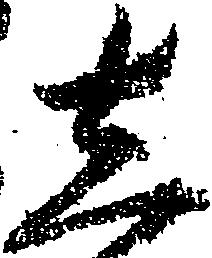
し